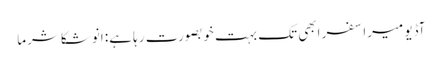
آڈیو میرا سفر ابھی تک بہت خوبصورت رہا ہے: انوشکا شرما